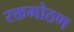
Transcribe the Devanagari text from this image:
रक्तगोठण